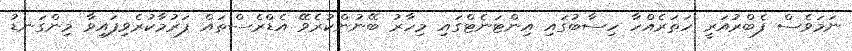
ނަމަވެސް ފެބްރުއަރީ ހަތަރެއްހާ ހިސާބުގައި އިންޓަނެޓްގައި މިހާރު ބޭނުންކުރެވޭ އެޑްރެސްތައް ފަރުމާކުރެވިފައިވާ މިންގަނޑު